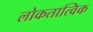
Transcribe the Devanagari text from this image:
लोकतात्विक